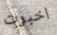
اخبرت